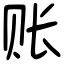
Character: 账